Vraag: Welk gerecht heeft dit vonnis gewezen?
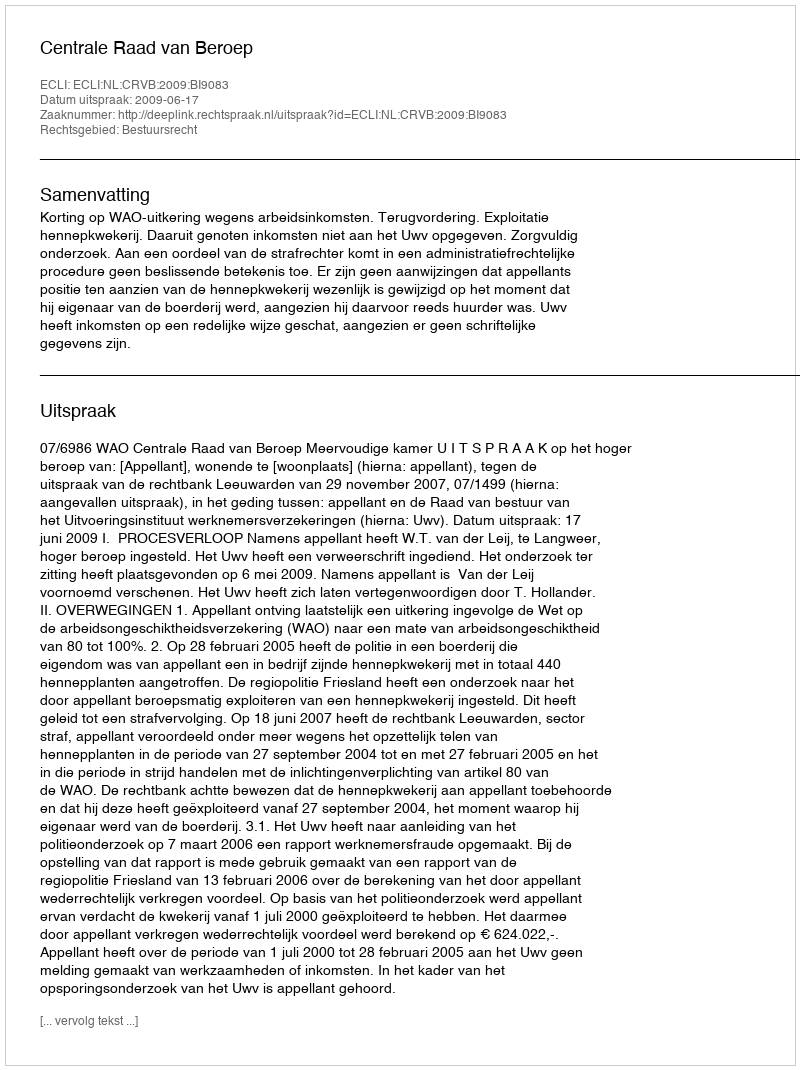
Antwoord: Centrale Raad van Beroep